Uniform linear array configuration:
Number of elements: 24
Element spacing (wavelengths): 0.25
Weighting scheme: uniform
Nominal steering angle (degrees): -45
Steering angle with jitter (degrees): -45.139
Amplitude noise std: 0.05
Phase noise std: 0.05

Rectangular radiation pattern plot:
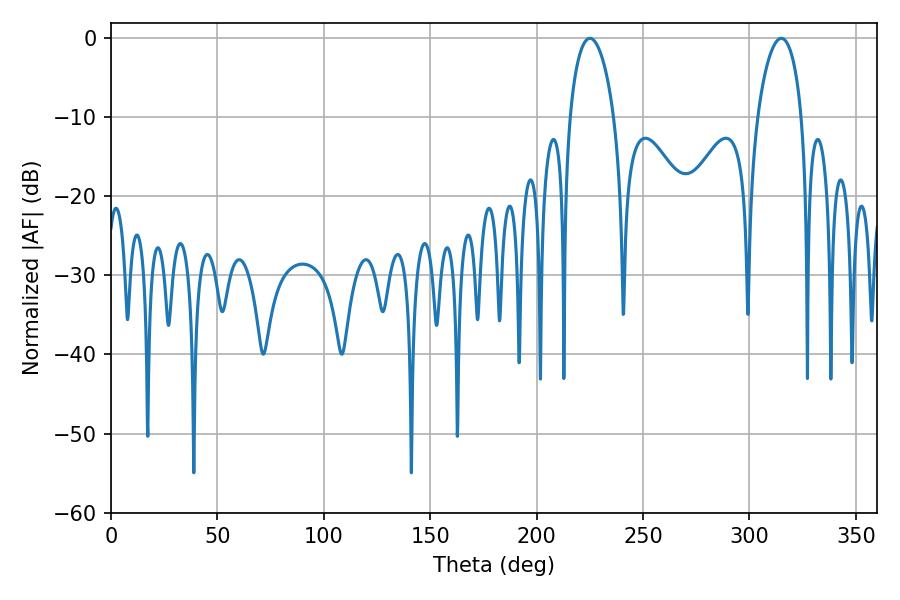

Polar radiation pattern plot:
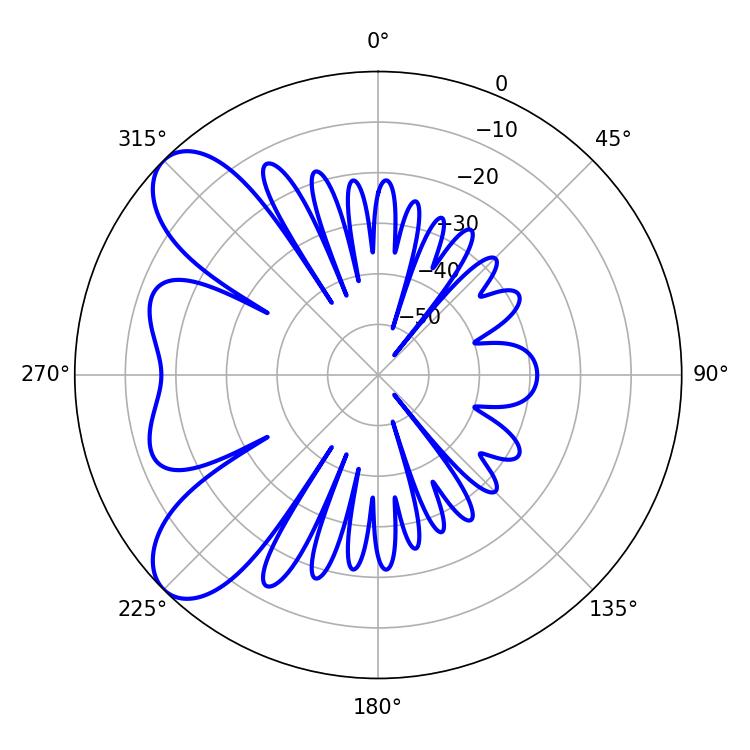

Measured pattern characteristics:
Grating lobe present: FALSE
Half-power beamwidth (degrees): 11.88
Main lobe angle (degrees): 225